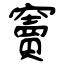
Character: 竇